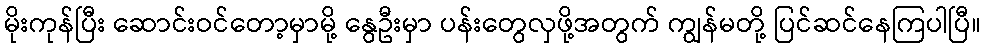
မိုးကုန်ပြီး ဆောင်းဝင်တော့မှာမို့ နွေဦးမှာ ပန်းတွေလှဖို့အတွက် ကျွန်မတို့ ပြင်ဆင်နေကြပါပြီ။